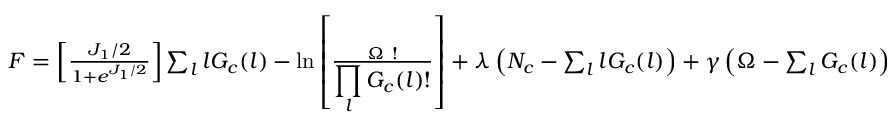
\begin{array} { r } { F = \left[ \frac { J _ { 1 } / 2 } { 1 + e ^ { J _ { 1 } / 2 } } \right] \sum _ { l } l G _ { c } ( l ) - \ln \left[ \frac { \Omega ~ ! } { \displaystyle \prod _ { l } G _ { c } ( l ) ! } \right] + \lambda \left( N _ { c } - \sum _ { l } l G _ { c } ( l ) \right) + \gamma \left( \Omega - \sum _ { l } G _ { c } ( l ) \right) } \end{array}